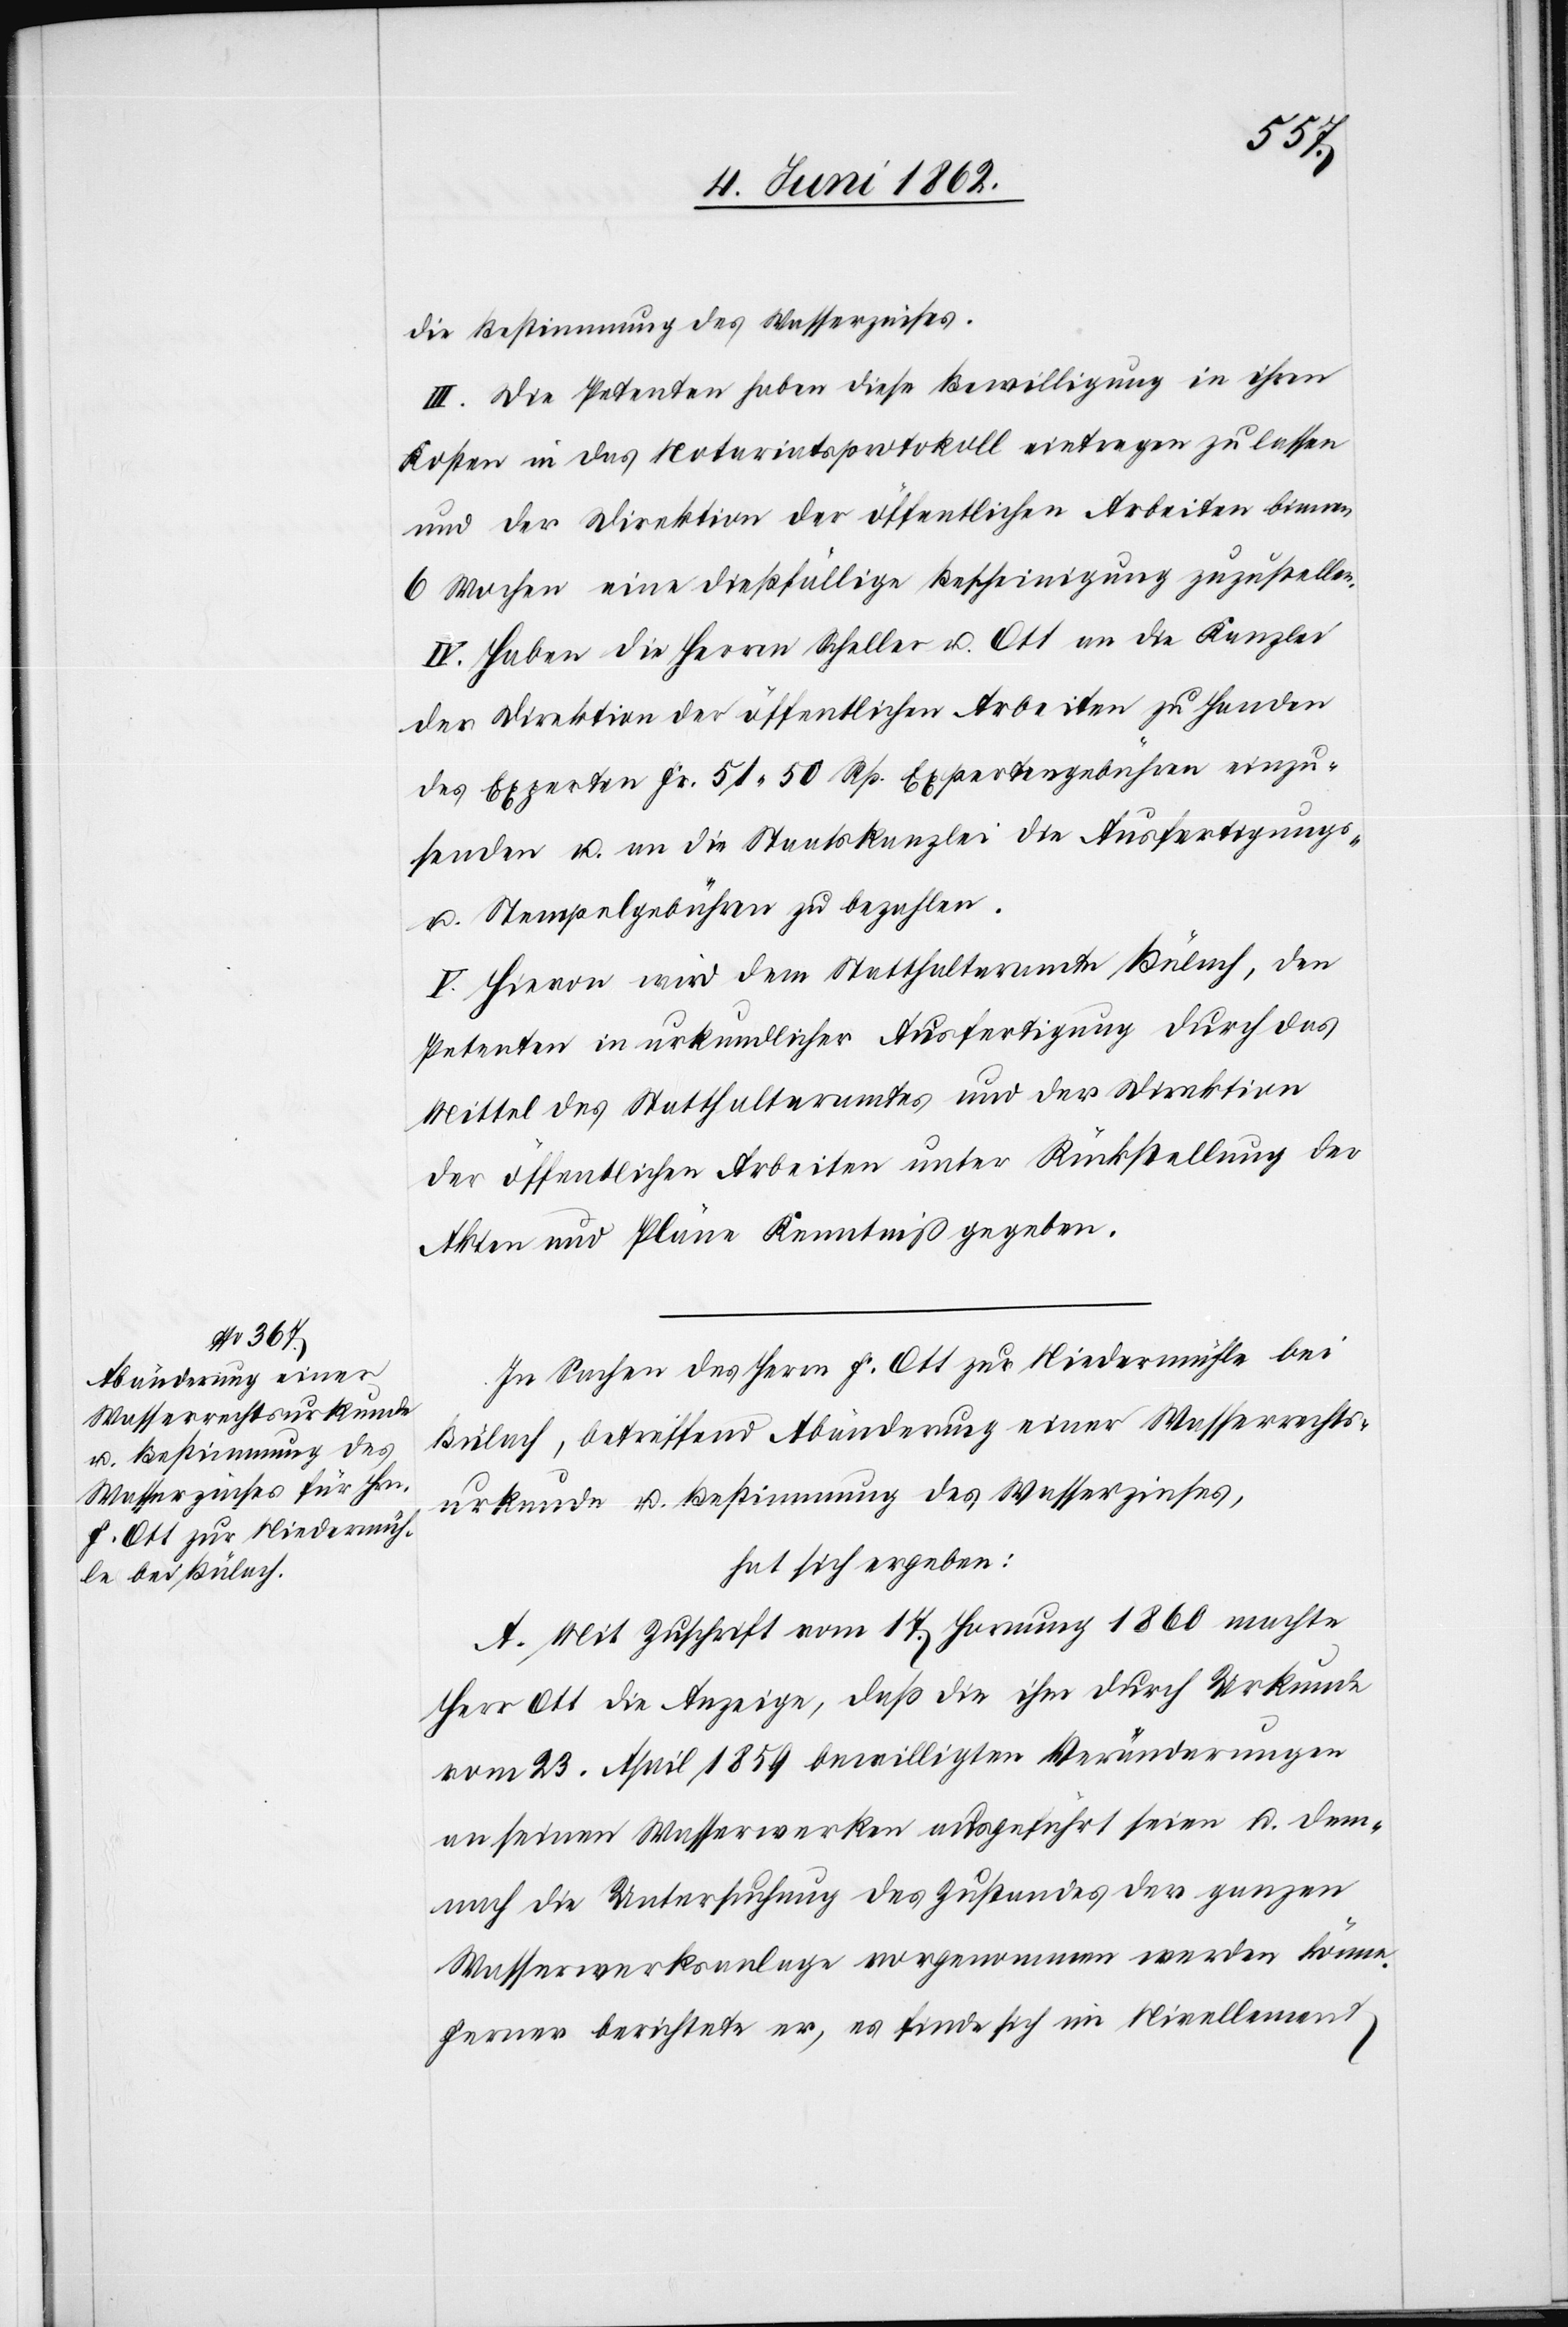
die Bestimmung des Wasserzinses.
III. Die Petenten haben diese Bewilligung in ihren
Kosten in das Notariatsprotokoll eintragen zu lassen
und der Direktion der öffentlichen Arbeiten binnen
6 Wochen eine dießfällige Bescheinigung zuzustellen.
IV. Haben die Herren Scheller u. Ott an die Kanzlei
der Direktion der öffentlichen Arbeiten zu Handen
des Experten Fr. 51 50 Rp. Expertengebühren einzu¬
senden u. an die Staatskanzlei die Ausfertigungs-
u. Stempelgebühren zu bezahlen,
V. Hievon wird dem Statthalteramte Bülach, den
Petenten in urkundlicher Ausfertigung durch das
Mittel des Statthalteramtes und der Direktion
der öffentlichen Arbeiten unter Rückstellung der
Akten und Pläne Kenntniß gegeben.
In Sachen des Herrn F. Ott zur Niedermühle bei
Bülach, betreffend Abänderung einer Wasserrechts¬
urkunde u. Bestimmung des Wasserzinses,
hat sich ergeben:
A. Mit Zuschrift vom 17. Hornung 1860 machte
Herr Ott die Anzeige, daß die ihm durch Urkunde
vom 23. April 1859 bewilligten Veränderungen
an seinen Wasserwerken ausgeführt seien u. dem¬
nach die Untersuchung des Zustandes der ganzen
Wasserwerksanlage vorgenommen werden könne.
Ferner berichtete er, es finde sich im Nivellement